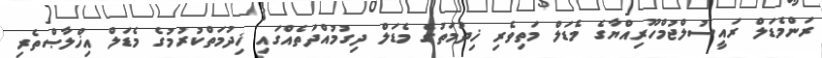
ރަންމެޑަލް ރައީސުލްޖުމްހޫރިއްޔާގެ މެޑަލް މަތިވެރި ޚިދުމަތުގެ މެޑަލް ދިގުމުއްދަތެއްގައި ޚިދުމަތްކުރުމުގެ މެޑަލް އިޚްލާޞްތެރި